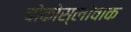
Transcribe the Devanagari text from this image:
चोकोस्लोवाक